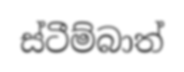
ස්ටීම්බාත්